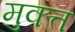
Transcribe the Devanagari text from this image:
मुक्त्त